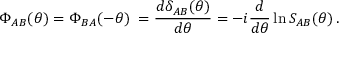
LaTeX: \Phi _ { A B } ( \theta ) = \Phi _ { B A } ( - \theta ) \; = \frac { d \delta _ { A B } ( \theta ) } { d \theta } = - i \frac { d } { d \theta } \ln S _ { A B } ( \theta ) \, .